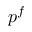
p ^ { f }